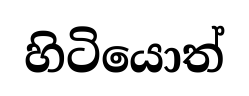
හිටියොත්